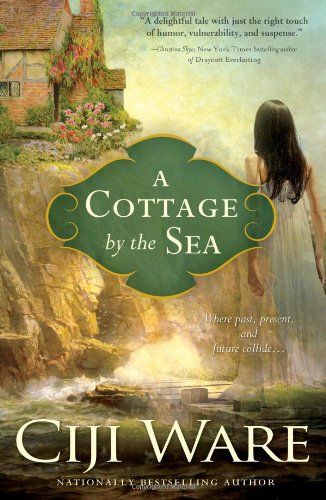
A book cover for A Cottage by the Sea; Ciji Ware; Romance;